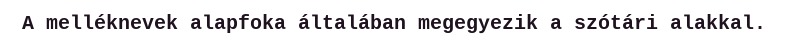
A melléknevek alapfoka általában megegyezik a szótári alakkal.